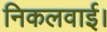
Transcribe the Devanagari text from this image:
निकलवाई।